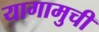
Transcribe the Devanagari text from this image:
यागामुची